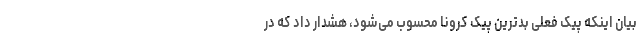
بیان اینکه پیک فعلی بدترین پیک کرونا محسوب می‌شود، هشدار داد که در